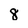
Character: 8